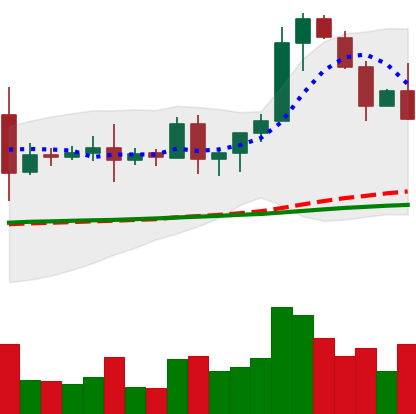
Ticker: EOS-USD
Chart end date: 2020-08-21
Forward return: -4.297%
Label: down_3_5